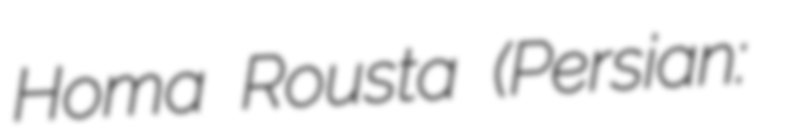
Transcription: Homa Rousta (Persian: هما